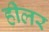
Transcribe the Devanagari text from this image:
हीलर